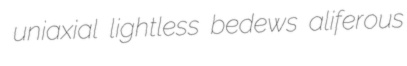
uniaxial lightless bedews aliferous